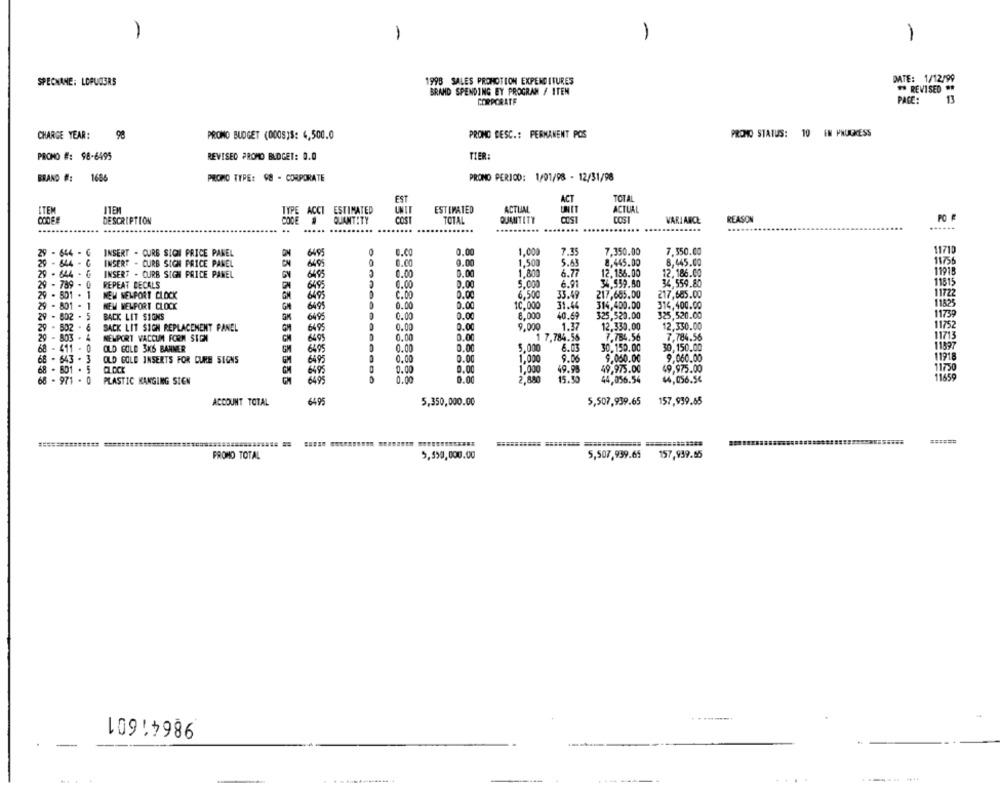
-
1
-
1
1998 SALES PROMOTION EXPENDITURES
DATE: 1/12/99
SPECNANE: LCPUGERS
#* REVISED **
BRAND SPENDING BY PROGRAM / ITEN
CORPORATE
PACE:
13
98
PROMO DESC .: PERMANENT POS
PRONO STATUS:
10 EN PMUGKESS
CHARGE YEAR:
PRONO BUDGET (000S)$: 4,500.0
PROMO #: 98-6495
REVISED PROMO BLOGET: 0.0
TIER:
BRAND #:
1686
PROMO TYPE: 98 - CORPORATE
PROMO PERIOD: 1/01/98 - 12/31/98
TOTAL
EST
ITEM
ITEM
ACCT ESTIMATED
ESTIMATED
ACTUIM
ACTUAL
DESCRIPTION
QUANTITY
COST
TOTAL
QUANTITY
VARIANCE
REASON
PO F
...
..
......
29 - 644 - G
INSERT . OURS SICH PRICE PANEL
6495
0
0.00
0.00
1.000
7.35
7,350.00
7.350.00
11710
INSERT - CURB SIGN PRICE PANEL
ON
CN
6495
0.00
0.00
1.500
5.63
8.445.00
8,445.00
11756
29 - 844 - 6
11918
29 - 644 - G
INSERT . OURB SIGN PRICE PANEL
GY
6485
0.00
0.00
1.800
6.77
12.186.00
12,186.00
29 - 789 - 0
REPEAT DECALS
6495
0.00
0.00
5.000
6.91
34.559.80
34,559.80
11815
NEM MELPORT CLOCK
6495
C.00
0.00
6.500
11722
29 - 501 - 1
33.49
217,685.00
217,685.00
29 - 801 - 1
NEM NELPORT CLOCK
6499
0.00
10.000
31.44
314,400.00
314,400.00
11825
29 - 502 - 5
BACK LIT SIGNS
6495
0.00
0.00
8.000
40.69
325,520.00
325,520.00
11739
0.00
11752
29 - 502 - 6
SACK LIT SIGH REPLACEMENT PANEL
64 99
0.00
9,000
1.37
12,330.00
12,330.00
29 - 803 - 4
NEWPORT VACCUM FORM SICH
0.00
0.0
1 7.784.56
7.784.56
7,784.56
11713
68 - 411 - 0
OLD GOLD 3KS BANNER
GM
6495
0.00
0.00
5,000
6.03
30.150.00
30,150.00
0.00
11918
68 - 643 - 3
OLD GOLD INSERTS FOR CURE SIGNS
6495
0.00
1,000
9.06
9.050.00
9,060.00
68 - 601 . 5
GM
6495
0.00
0.00
1,000
49.99
49,975.00
49,975.00
11750
68 - 971 - 0
PLASTIC KANGING SICH
649
0.00
0.00
2,880
15.50
44,056.54
44,056.54
11659
ACCOUNT TOTAL
6495
5,350,000.00
5,507,939.65
157,939.65
======
PROMO TOTAL
5,550,000.00
5,507,939.65
157,939.65
98641601